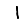
Digit: 1